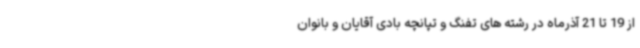
از 19 تا 21 آذرماه در رشته های تفنگ و تپانچه بادی آقایان و بانوان